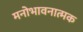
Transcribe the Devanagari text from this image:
मनोभावनात्मक